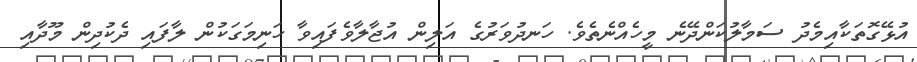
އުޅޭގޮތަކާއިމެދު ސަމާލުކަންދޭނެ މީހެއްނެތެވެ. ހަނދުވަރުގެ އަލިން އުޖާލާވެފައިވާ ހަނިމަގަކުން ލާފައި ދެކުދިން މޫދާއި